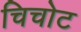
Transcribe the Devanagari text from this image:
चिचोट